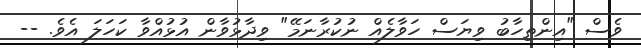
ވެސް "އިންތިހާބު ވިޔަސް ހަވާލެއް ނުކުރާނަމޭ" ވިދާޅުވާން އުޅުއްވާ ކަހަލަ އެވެ. --